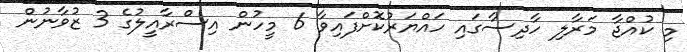
މި ކުއްޖާ މަރާލި ހާދިސާގައި ހައްޔަރުކޮށްފައިވާ 6 މީހުން އިސްރާއީލުގެ 3 ޒުވާނުން